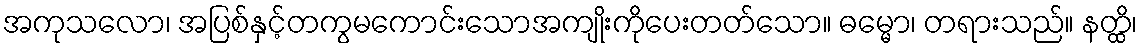
အကုသလော၊ အပြစ်နှင့်တကွမကောင်းသောအကျိုးကိုပေးတတ်သော။ ဓမ္မော၊ တရားသည်။ နတ္ထိ၊